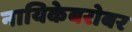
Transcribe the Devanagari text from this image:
नायिकेबरोबर